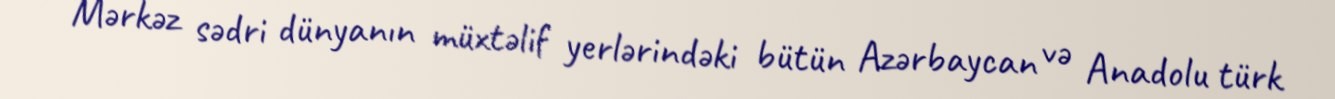
Mərkəz sədri dünyanın müxtəlif yerlərindəki bütün Azərbaycan və Anadolu türk